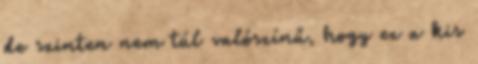
de szinten nem túl valószínű, hogy ez a kis